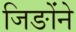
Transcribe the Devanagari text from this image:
जिङोंने